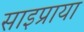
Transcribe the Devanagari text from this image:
साइप्राया